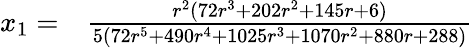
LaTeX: \begin{array}{rl}{x_{1}=}&{{}\frac{r^{2}(72r^{3}+202r^{2}+145r+6)}{5(72r^{5}+490r^{4}+1025r^{3}+1070r^{2}+880r+288)}}\end{array}